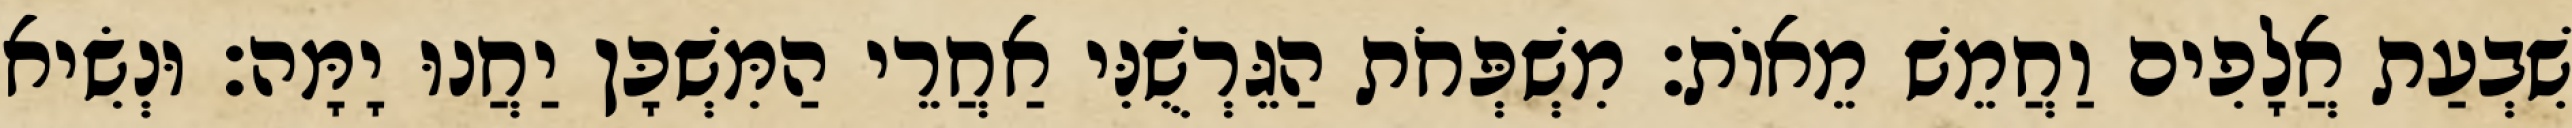
שִׁבְעַת אֲלָפִים וַחֲמֵשׁ מֵאוֹת׃ מִשְׁפְּחֹת הַגֵּרְשֻׁנִּי אַחֲרֵי הַמִּשְׁכָּן יַחֲנוּ יָמָּה׃ וּנְשִׂיא